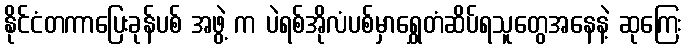
နိုင်ငံတကာပြေးခုန်ပစ် အဖွဲ့ က ပဲရစ်အိုလံပစ်မှာရွှေတံဆိပ်ရသူတွေအနေနဲ့ ဆုကြေး